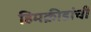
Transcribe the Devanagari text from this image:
हिमक्रीडांची